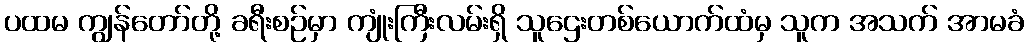
ပထမ ကျွန်တော်တို့ ခရီးစဉ်မှာ ကျုံးကြီးလမ်းရှိ သူဌေးတစ်ယောက်ထံမှ သူက အသက် အာမခံ